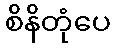
စိနိတုံပေ